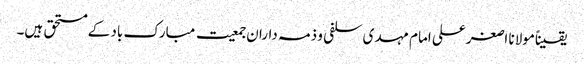
یقیناًمولانا اصغرعلی امام مہدی سلفی و ذمہ داران جمعیت مبارک باد کے مستحق ہیں۔